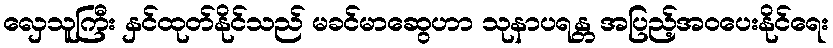
လှေသူကြီး နှင်ထုတ်နိုင်သည် မခင်မာဆွေဟာ သုနာပရန္တ အပြည့်အဝပေးနိုင်ရေး